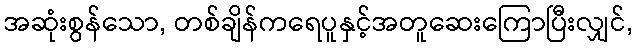
အဆုံးစွန်သော, တစ်ချိန်ကရေပူနှင့်အတူဆေးကြောပြီးလျှင်,